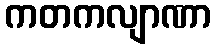
ကတကလျာဏာ